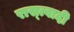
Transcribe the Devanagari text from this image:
रास्त्वादी